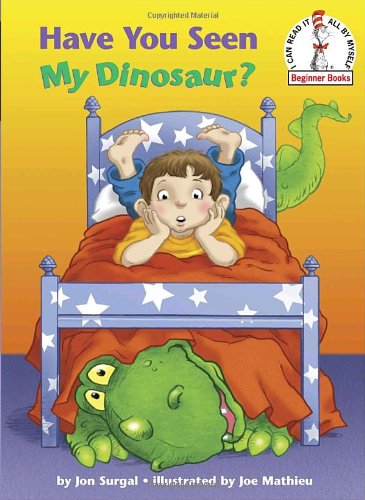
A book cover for Have You Seen My Dinosaur? (Beginner Books(R)); Jon Surgal; Children's Books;